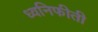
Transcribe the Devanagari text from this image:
ध्वनिफीती